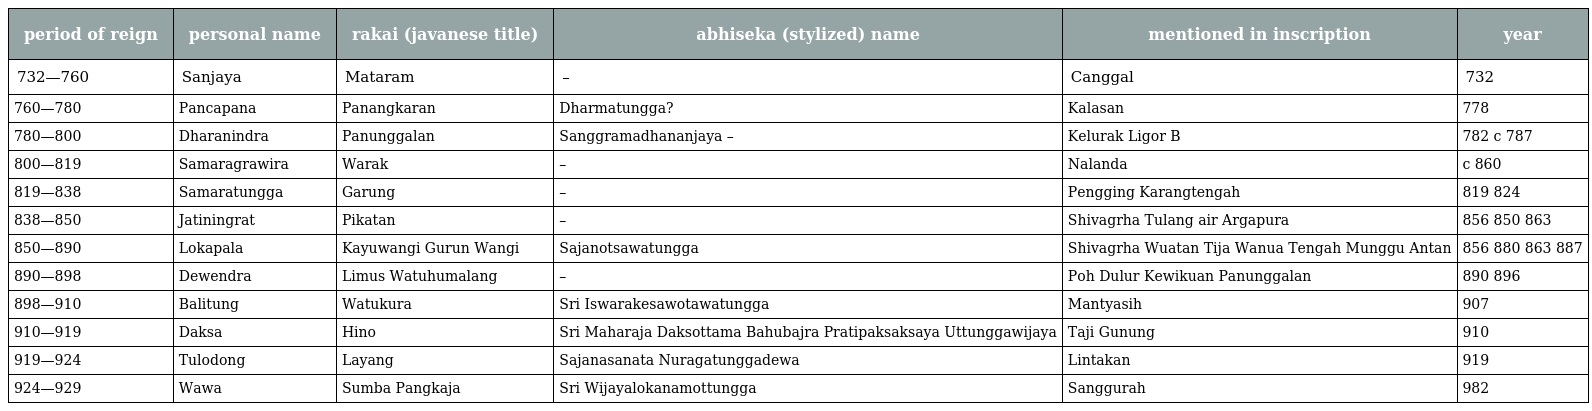
| period of reign | personal name | rakai (javanese title) | abhiseka (stylized) name | mentioned in inscription | year |
 | --- | --- | --- | --- | --- | --- |
 | 732—760 | Sanjaya | Mataram | – | Canggal | 732 |
 | 760—780 | Pancapana | Panangkaran | Dharmatungga? | Kalasan | 778 |
 | 780—800 | Dharanindra | Panunggalan | Sanggramadhananjaya – | Kelurak Ligor B | 782 c 787 |
 | 800—819 | Samaragrawira | Warak | – | Nalanda | c 860 |
 | 819—838 | Samaratungga | Garung | – | Pengging Karangtengah | 819 824 |
 | 838—850 | Jatiningrat | Pikatan | – | Shivagrha Tulang air Argapura | 856 850 863 |
 | 850—890 | Lokapala | Kayuwangi Gurun Wangi | Sajanotsawatungga | Shivagrha Wuatan Tija Wanua Tengah Munggu Antan | 856 880 863 887 |
 | 890—898 | Dewendra | Limus Watuhumalang | – | Poh Dulur Kewikuan Panunggalan | 890 896 |
 | 898—910 | Balitung | Watukura | Sri Iswarakesawotawatungga | Mantyasih | 907 |
 | 910—919 | Daksa | Hino | Sri Maharaja Daksottama Bahubajra Pratipaksaksaya Uttunggawijaya | Taji Gunung | 910 |
 | 919—924 | Tulodong | Layang | Sajanasanata Nuragatunggadewa | Lintakan | 919 |
 | 924—929 | Wawa | Sumba Pangkaja | Sri Wijayalokanamottungga | Sanggurah | 982 |